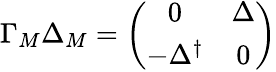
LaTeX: \Gamma_{M}\Delta_{M}=\left(\begin{array}{cc}{{0}}&{{\Delta}}\\ {{-\Delta^{\dagger}}}&{{0}}\end{array}\right)